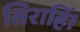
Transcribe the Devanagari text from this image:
सिराहिं।